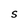
Character: S